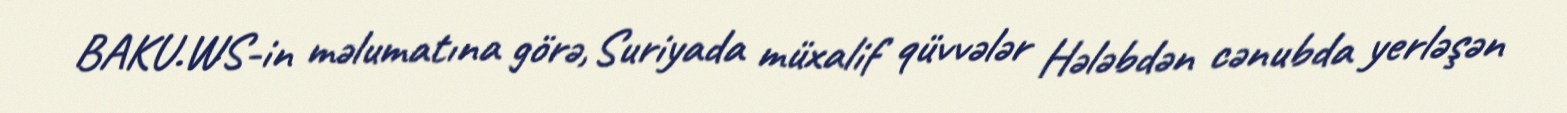
BAKU.WS-in məlumatına görə, Suriyada müxalif qüvvələr Hələbdən cənubda yerləşən